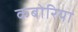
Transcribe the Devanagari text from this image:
कबोरिया